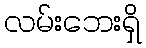
လမ်းဘေးရှိ